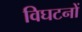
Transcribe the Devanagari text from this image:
विघटनों